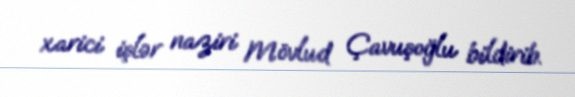
xarici işlər naziri Mövlud Çavuşoğlu bildirib.